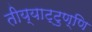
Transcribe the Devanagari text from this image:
तीय्याट्टुण्णि